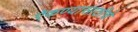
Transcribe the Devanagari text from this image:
ऐकण्यासाठीचे